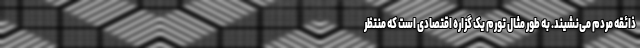
ذائقه مردم می‌نشیند. به طور مثال تورم یک گزاره اقتصادی است که منتظر